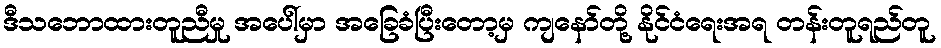
ဒီသဘောထားတူညီမှု အပေါ်မှာ အခြေခံပြီးတော့မှ ကျနော်တို့ နိုင်ငံရေးအရ တန်းတူရည်တူ